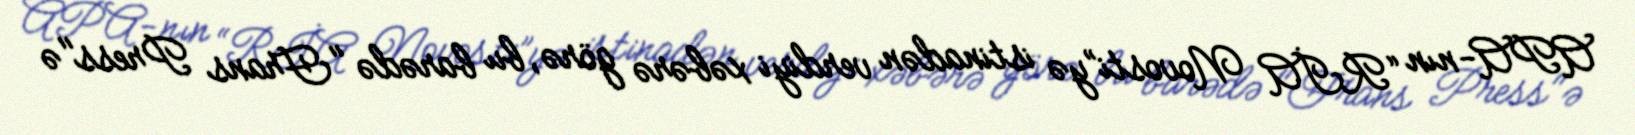
APA-nın “RİA Novosti”yə istinadən verdiyi xəbərə görə, bu barədə "Frans Press"ə